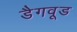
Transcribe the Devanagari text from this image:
डैगवूड